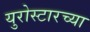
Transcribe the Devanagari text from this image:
युरोस्टारच्या